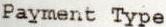
PAYMENT TYPE